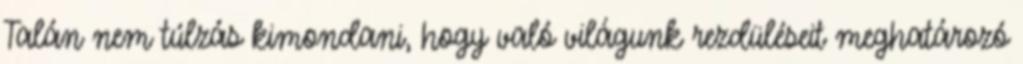
Talán nem túlzás kimondani, hogy való világunk rezdüléseit meghatározó